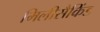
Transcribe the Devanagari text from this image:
मिलीसैकिंड